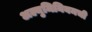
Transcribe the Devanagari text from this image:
अल्युमिनियमची